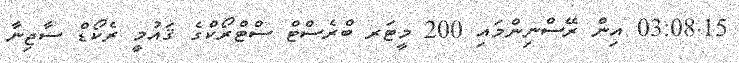
03:08.15 އިން ރޭސްނިންމައި 200 މީޓަރ ބްރެސްޓް ސްޓްރޯކްގެ ޤައުމީ ރެކޯޑް ސާޖިނާ